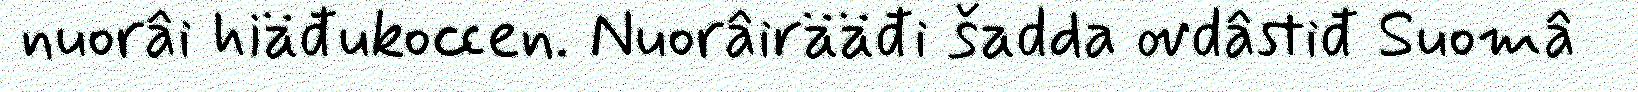
nuorâi hiäđukoccen. Nuorâirääđi šadda ovdâstiđ Suomâ